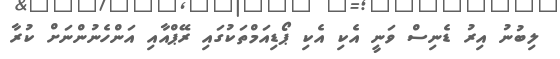
ލިބުނު އިރު ޑެނިސް ވަނީ އެކި އެކި ޕޯޑިއަމްތަކުގައި ރޭޕްއާއި އަންހެނުންނަށް ކުރާ